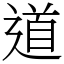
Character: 道